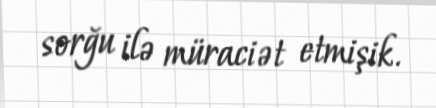
sorğu ilə müraciət etmişik.